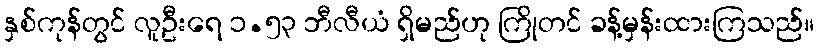
နှစ်ကုန်တွင် လူဦးရေ ၁.၅၃ ဘီလီယံ ရှိမည်ဟု ကြိုတင် ခန့်မှန်းထားကြသည်။